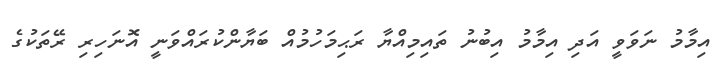
އިމާމު ނަވަވީ އަދި އިމާމު އިބުނު ތައިމިއްޔާ ރަޙިމަހުމުއް ބަޔާންކުރައްވަނީ އޮނަހިރި ރޭތަކުގެ